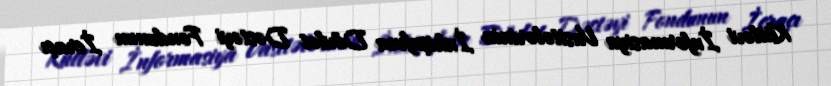
Kütləvi İnformasiya Vasitələrinin İnkişafına Dövlət Dəstəyi Fondunun İcraçı